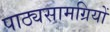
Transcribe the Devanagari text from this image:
पाठ्यसामग्रियों